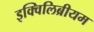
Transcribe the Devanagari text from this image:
इक्विलिब्रीयम